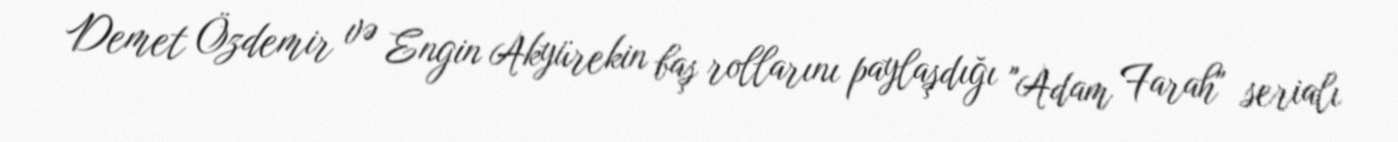
Demet Özdemir və Engin Akyürekin baş rollarını paylaşdığı "Adam Farah" serialı